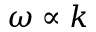
\omega \propto k